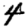
Digit: 4